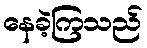
နေခဲ့ကြသည်